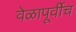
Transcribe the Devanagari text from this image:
वेळापूर्वीच